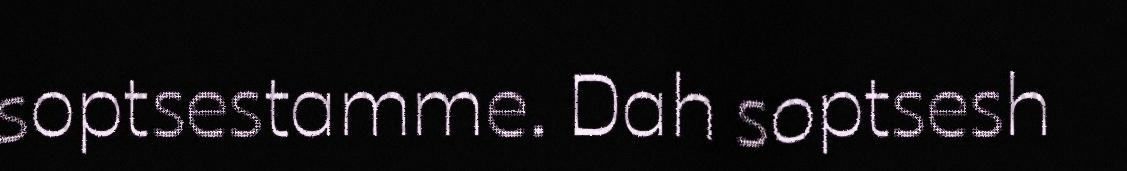
soptsestamme. Dah soptsesh